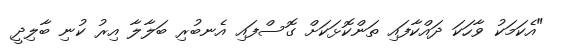
"އެކަމަކު ވާހަކަ ދައްކާފައި ތަންކޮޅަކަށް ގޮސްފައި އެނބުރި ބަލާލާ އިރު ކުނި ބާލިދީ